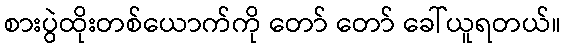
စားပွဲထိုးတစ်ယောက်ကို တော် တော် ခေါ်ယူရတယ်။